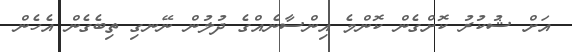
އަށް ޝުކުރު ކޮށްގެން ކޮންމެ އިންސާނެއްގެ ދުލުން ނޭނގި ތިބެގެން އެހެން